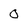
Character: O